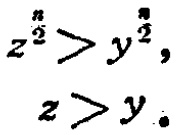
\[
z^{\frac{n}{2}}>y^{\frac{n}{2}},\\
z > y.
\]